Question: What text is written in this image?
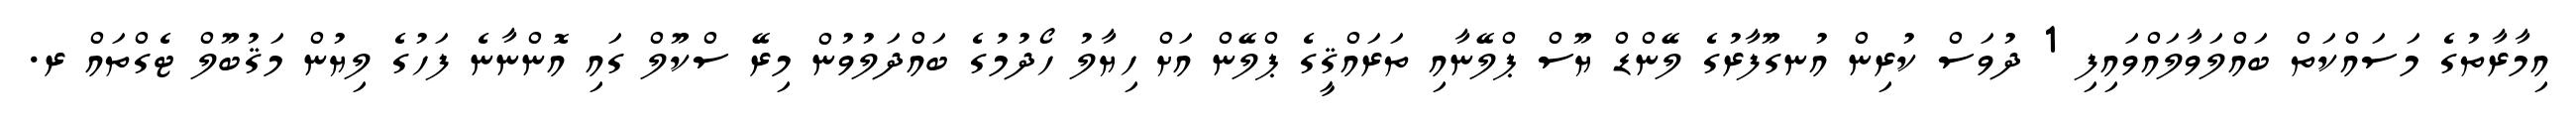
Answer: އިމާރާތުގެ މަސައްކަތް ބައްލަވާލައްވައިފި 1 ދުވަސް ކުރިން އުނގޫފާރުގެ ލޭންޑް ޔޫސް ޕްލޭނާއި ތަރައްޤީގެ ޕްލޭން އަށް ހިޔާލު ހޯދުމުގެ ބައްދަލުވުން މިރޭ ސްކޫލް ގައި އޮންނާނެ ފަހުގެ ލިޔުން މަޤުބޫލް ޓެގްތައް ރ.